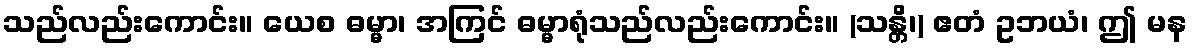
သည်လည်းကောင်း။ ယေစ ဓမ္မာ၊ အကြင် ဓမ္မာရုံသည်လည်းကောင်း။ (သန္တိ၊) ဧတံ ဥဘယံ၊ ဤ မန